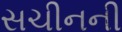
સચીનની